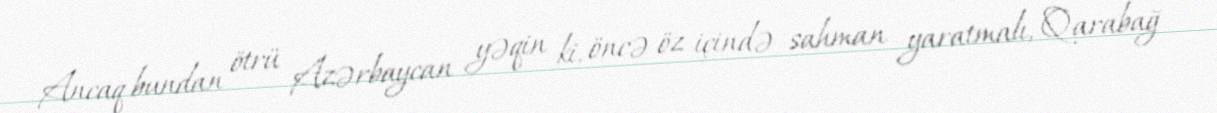
Ancaq bundan ötrü Azərbaycan yəqin ki, öncə öz içində sahman yaratmalı, Qarabağ